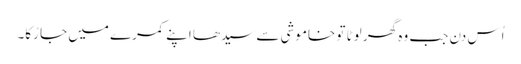
اُس دن جب وہ گھر لوٹا تو خاموشی سے سیدھا اپنے کمرے میں جا رُکا۔